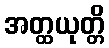
အတ္ထယုတ္တိ